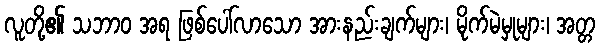
လူတို့၏ သဘာဝ အရ ဖြစ်ပေါ်လာသော အားနည်းချက်များ၊ မိုက်မဲမှုများ၊ အတ္တ